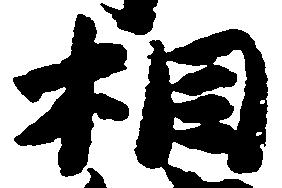
相